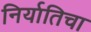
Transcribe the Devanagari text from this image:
निर्यातिचा